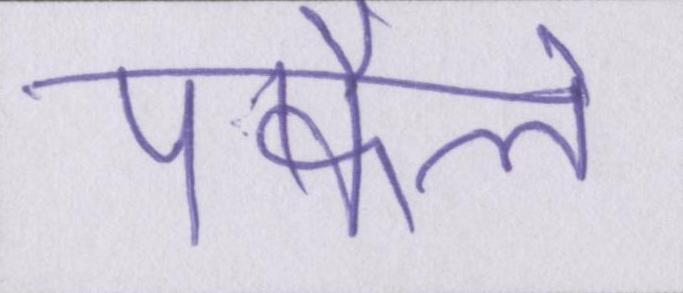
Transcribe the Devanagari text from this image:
पफैले